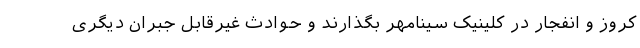
کروز و انفجار در کلینیک سینامهر بگذارند و حوادث غیرقابل جبران دیگری